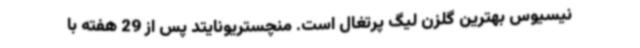
نیسیوس بهترین گلزن لیگ پرتغال است. منچستریونایتد پس از 29 هفته با